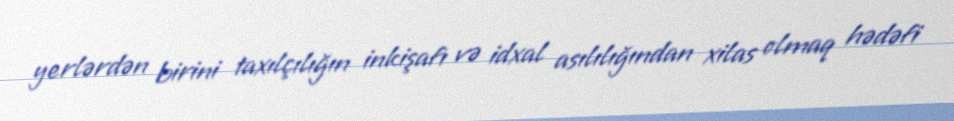
yerlərdən birini taxılçılığın inkişafı və idxal asılılığından xilas olmaq hədəfi